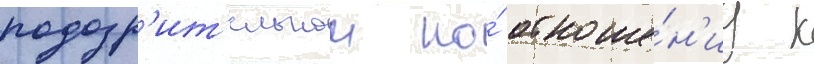
подозр'ит'ельнои по́ отноше́н'иу к